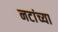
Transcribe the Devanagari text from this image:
नटांच्या